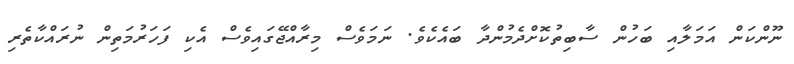
ނޫންކަން އަމަލާއި ބަހުން ސާބިތުކޮށްދެމުންދާ ބައެކެވެ. ނަމަވެސް މިރާއްޖޭގައިވެސް އެކި ފަހަރުމަތިން ނުރައްކާތެރި